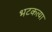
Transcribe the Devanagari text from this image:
भटकत्या